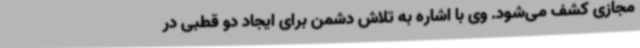
مجازی کشف می‌شود. وی با اشاره به تلاش دشمن برای ایجاد دو قطبی در